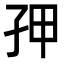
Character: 𭒾